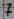
Text: 7